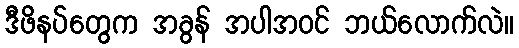
ဒီဖိနပ်တွေက အခွန် အပါအဝင် ဘယ်လောက်လဲ။